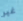
غير